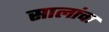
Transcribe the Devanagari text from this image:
सालांचा